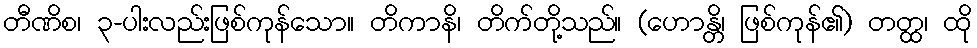
တီဏိစ၊ ၃-ပါးလည်းဖြစ်ကုန်သော။ တိကာနိ၊ တိက်တို့သည်။ (ဟောန္တိ၊ ဖြစ်ကုန်၏) တတ္ထ၊ ထို